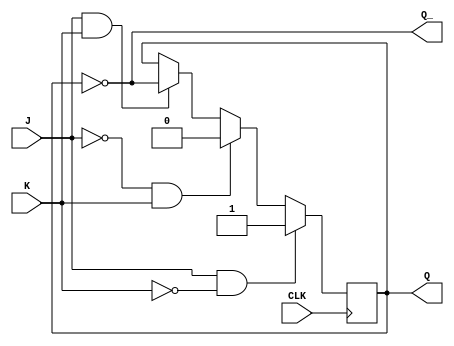
module jk_flipflop (
    input J,
    input K,
    input CLK,
    output reg Q,
    output reg Q_
);

always @(posedge CLK) begin
    if (J & ~K) begin
        Q <= 1;
    end else if (~J & K) begin
        Q <= 0;
    end else if (J & K) begin
        Q <= ~Q;
    end
end

assign Q_ = ~Q;

endmodule